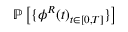
\mathbb { P } \left[ \{ \phi ^ { R } ( t ) _ { t \in [ 0 , T ] } \} \right]